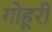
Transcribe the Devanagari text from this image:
गोहूरी